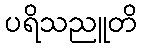
ပရိသညူတိ